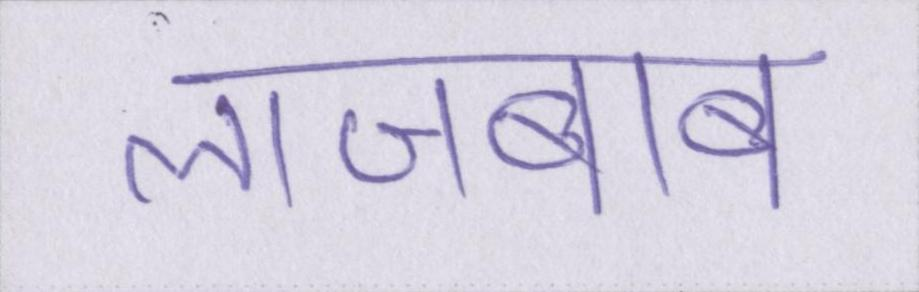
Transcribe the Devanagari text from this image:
लाजबाब